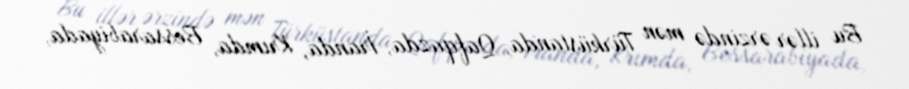
Bu illər ərzində mən Türküstanda, Qafqazda, İranda, Krımda, Bessarabiyada,